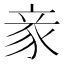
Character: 豙